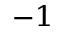
^ { - 1 }